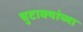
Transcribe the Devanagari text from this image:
चुटाक्यांच्या